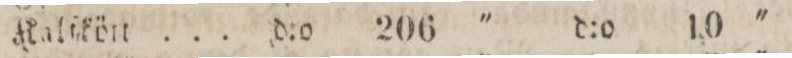
Kalſkött ...    d:o    206    '    d:o    10    '